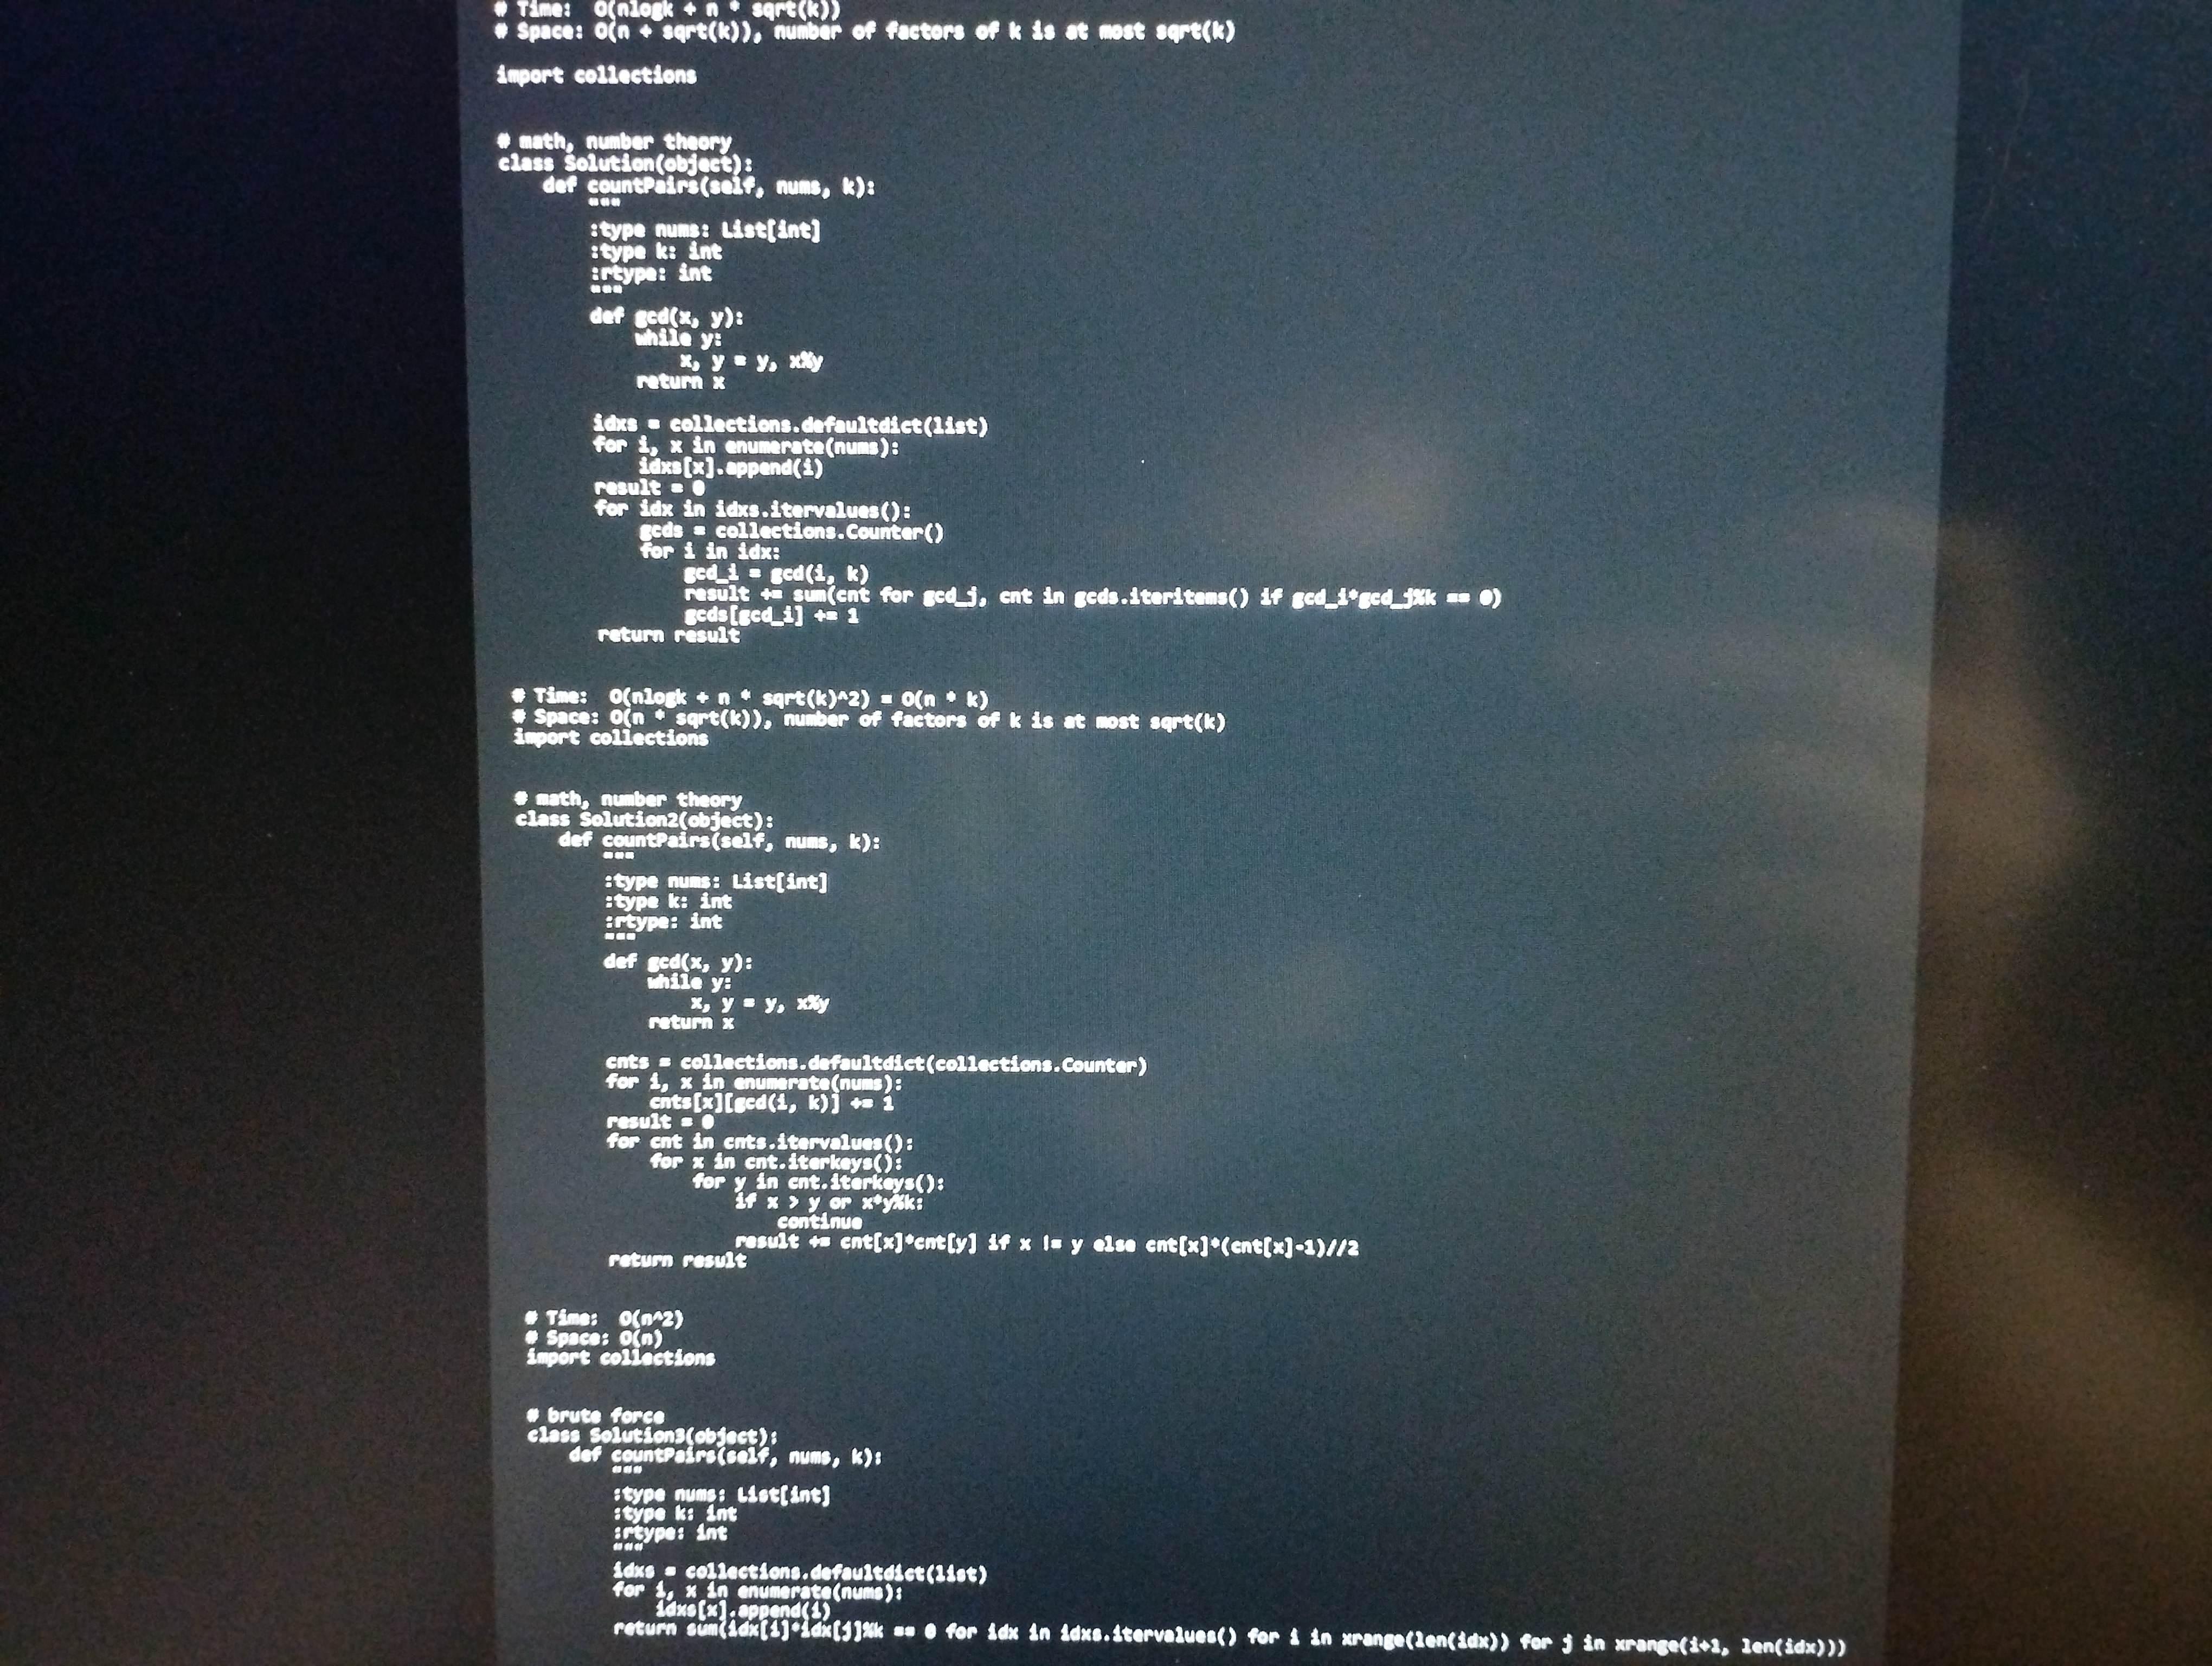
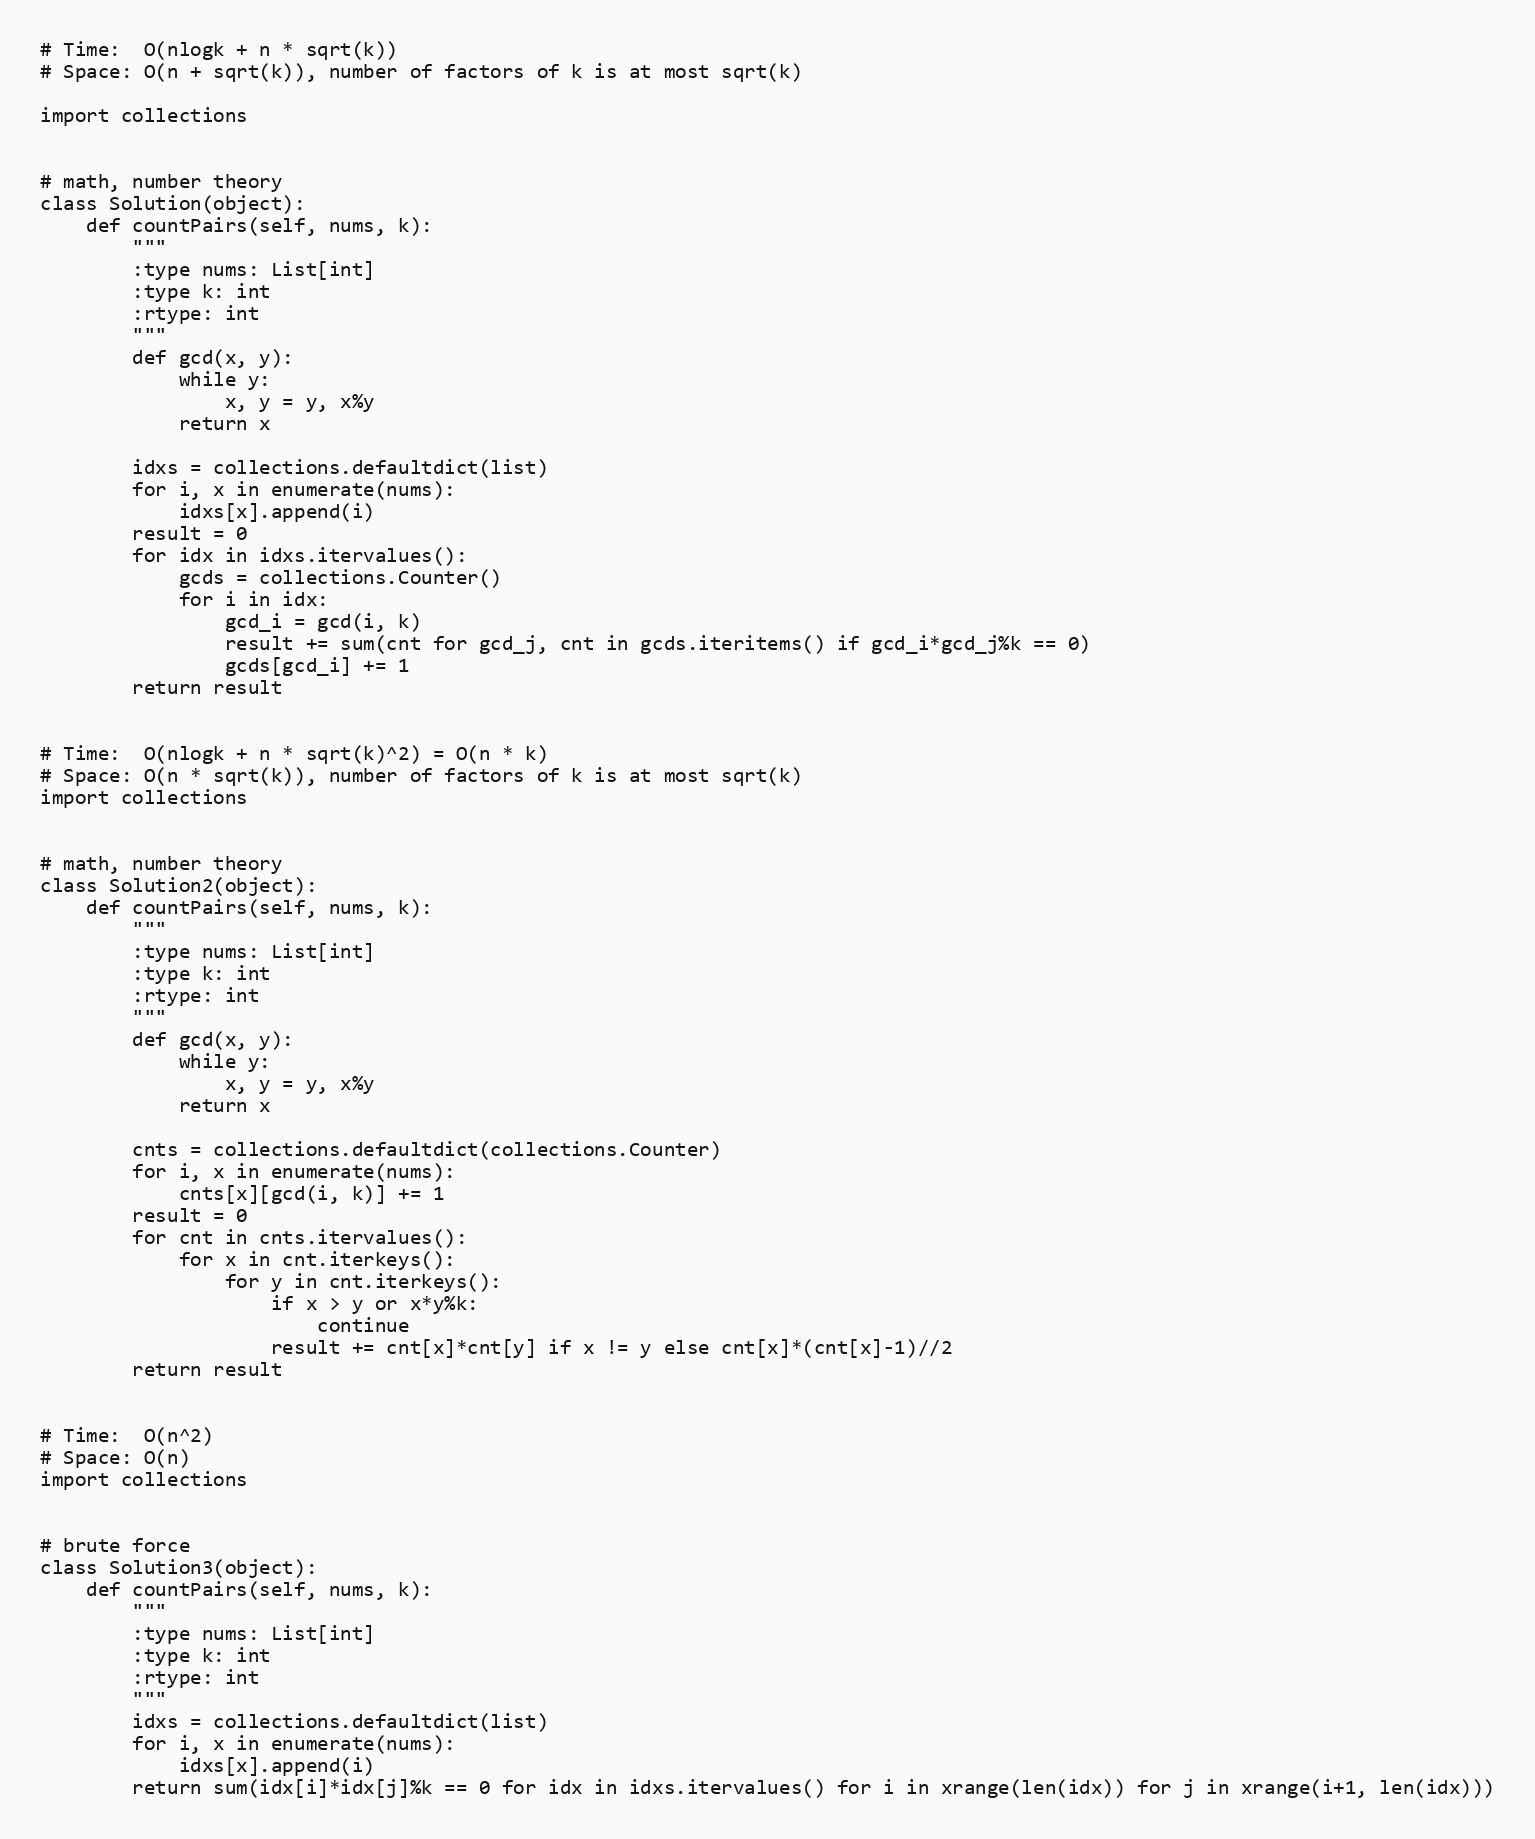
# Time:  O(nlogk + n * sqrt(k))
# Space: O(n + sqrt(k)), number of factors of k is at most sqrt(k)

import collections

# math, number theory
class Solution(object):
    def countPairs(self, nums, k):
        """
        :type nums: List[int]
        :type k: int
        :rtype: int
        """
        def gcd(x, y):
            while y:
                x, y = y, x%y
            return x

        idxs = collections.defaultdict(list)
        for i, x in enumerate(nums):
            idxs[x].append(i)
        result = 0
        for idx in idxs.itervalues():
            gcds = collections.Counter()
            for i in idx:
                gcd_i = gcd(i, k)
                result += sum(cnt for gcd_j, cnt in gcds.iteritems() if gcd_i*gcd_j%k == 0)
                gcds[gcd_i] += 1
        return result

# Time:  O(nlogk + n * sqrt(k)^2) = O(n * k)
# Space: O(n * sqrt(k)), number of factors of k is at most sqrt(k)
import collections

# math, number theory
class Solution2(object):
    def countPairs(self, nums, k):
        """
        :type nums: List[int]
        :type k: int
        :rtype: int
        """
        def gcd(x, y):
            while y:
                x, y = y, x%y
            return x

        cnts = collections.defaultdict(collections.Counter)
        for i, x in enumerate(nums):
            cnts[x][gcd(i, k)] += 1
        result = 0
        for cnt in cnts.itervalues():
            for x in cnt.iterkeys():
                for y in cnt.iterkeys():
                    if x > y or x*y%k:
                        continue
                    result += cnt[x]*cnt[y] if x != y else cnt[x]*(cnt[x]-1)//2
        return result

# Time:  O(n^2)
# Space: O(n)
import collections

# brute force
class Solution3(object):
    def countPairs(self, nums, k):
        """
        :type nums: List[int]
        :type k: int
        :rtype: int
        """
        idxs = collections.defaultdict(list)
        for i, x in enumerate(nums):
            idxs[x].append(i)
        return sum(idx[i]*idx[j]%k == 0 for idx in idxs.itervalues() for i in xrange(len(idx)) for j in xrange(i+1, len(idx)))